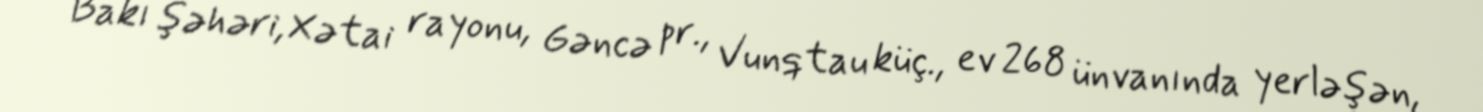
Bakı şəhəri, Xətai rayonu, Gəncə pr., Vunqtau küç., ev 268 ünvanında yerləşən,